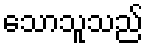
သောသူသည်